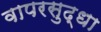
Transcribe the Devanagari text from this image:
वापरसुद्धा